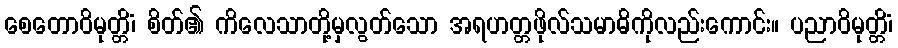
စေတောဝိမုတ္တိံ၊ စိတ်၏ ကိလေသာတို့မှလွတ်သော အရဟတ္တဖိုလ်သမာဓိကိုလည်းကောင်း။ ပညာဝိမုတ္တိံ၊